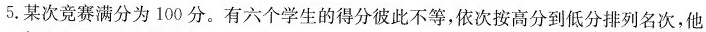
5.某次竞赛满分为100分。有六个学生的得分彼此不等，依次按高分到低分排列名次，他